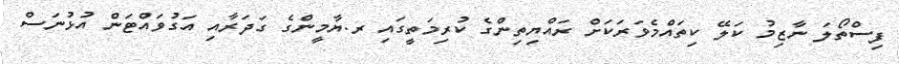
ފިސްތޯލަ ނާޒިމު ކަލޭ ކިތައްމެވަރަކަށް ރައްޔިތިންގެ ކުރިމަތީގައި ރ.ޔާމީންގެ ގަދަރާއި އަގުވައްޓަން އުޅުނަސް